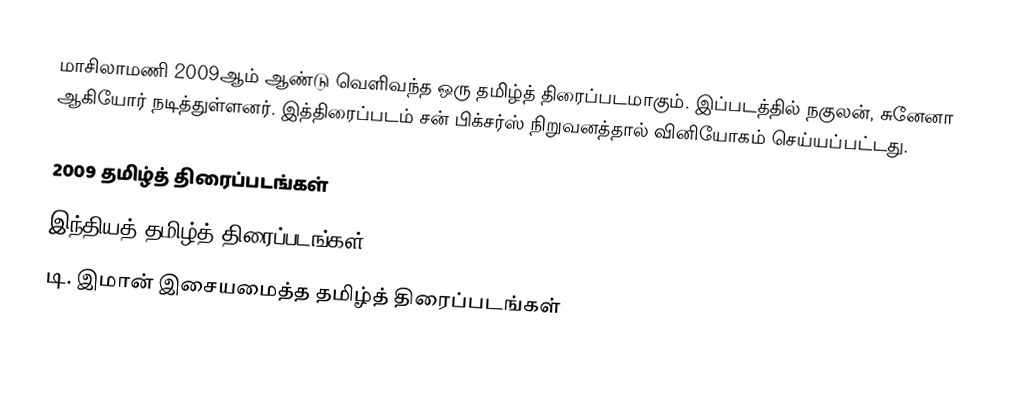
மாசிலாமணி 2009ஆம் ஆண்டு வெளிவந்த ஒரு தமிழ்த் திரைப்படமாகும். இப்படத்தில் நகுலன், சுனேனா ஆகியோர் நடித்துள்ளனர். இத்திரைப்படம் சன் பிக்சர்ஸ் நிறுவனத்தால் வினியோகம் செய்யப்பட்டது.

2009 தமிழ்த் திரைப்படங்கள்
இந்தியத் தமிழ்த் திரைப்படங்கள்
டி. இமான் இசையமைத்த தமிழ்த் திரைப்படங்கள்